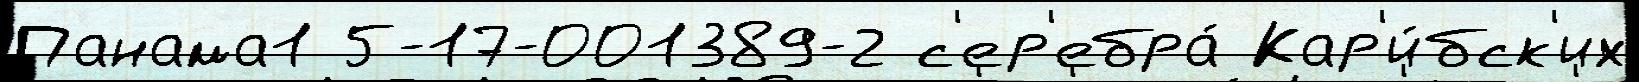
Панама1 5-17-001389-2 с'ер'ебра́ Кар'и́бск'их